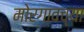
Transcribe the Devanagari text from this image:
मोरगावच्या